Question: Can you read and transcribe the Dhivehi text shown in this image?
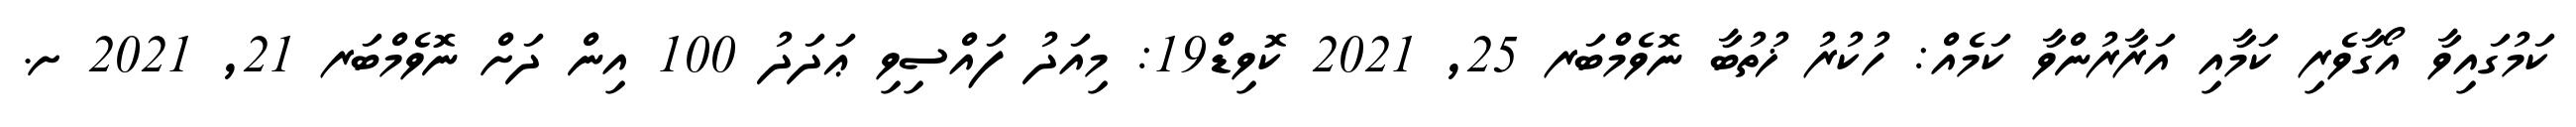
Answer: ކަމުގައިވާ އޯގާވެރި ކަމާއި އަރާރުންވާ ކަމެއް: ހުކުރު ޚުތުބާ ނޮވެމްބަރ 25, 2021 ކޮވިޑް19: މިއަދު ފައްސިވި ޢަދަދު 100 އިން ދަށް ނޮވެމްބަރ 21, 2021 ށ.